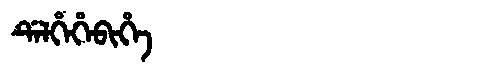
Manchu: ᡩᡝᠯᡥᡝᡥᡝᠪᡳᡥᡝ
Romanization: DELHEHEBIHE